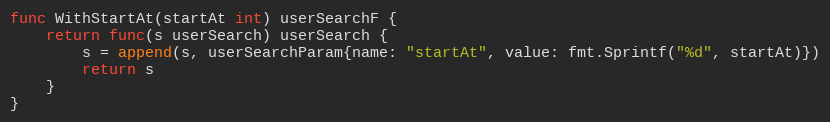
Language: Go
func WithStartAt(startAt int) userSearchF {
	return func(s userSearch) userSearch {
		s = append(s, userSearchParam{name: "startAt", value: fmt.Sprintf("%d", startAt)})
		return s
	}
}